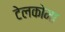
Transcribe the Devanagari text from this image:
टेलकोमा